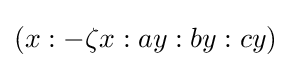
(x:-\zeta x:ay:by:cy)